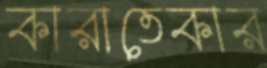
কারাতেকার